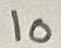
Text: 10